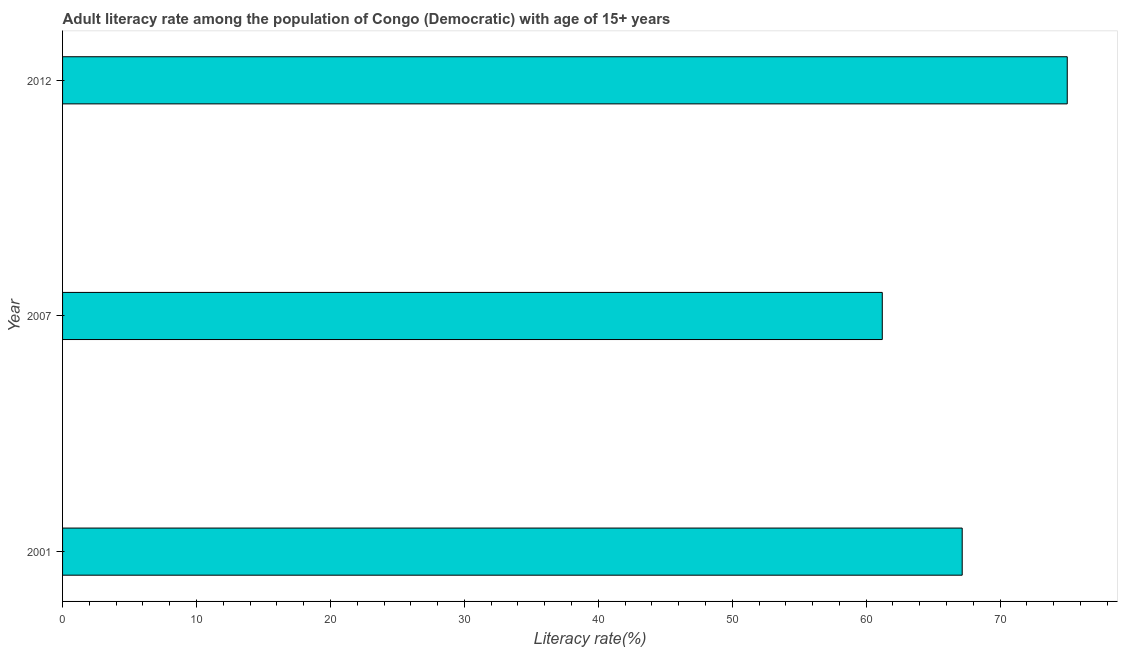
| Year | Adult literacy rate |
 | --- | --- |
 | 2001 | 67.2 |
 | 2007 | 61.2 |
 | 2012 | 75 |